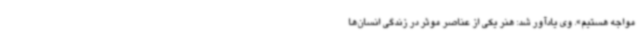
مواجه هستیم». وی یادآور شد: هنر یکی از عناصر موثر در زندگی انسان‌ها